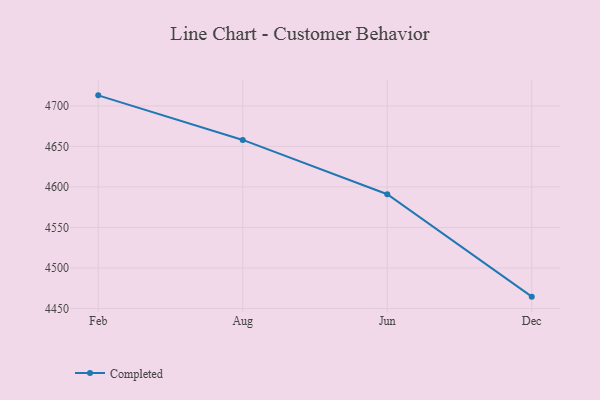
{"axis": {"x": "Month", "y": "Churn Rate (%)"}, "legend": ["Completed"], "data": [{"x": "Feb", "y": 4713.0, "type": "Completed"}, {"x": "Aug", "y": 4658.0, "type": "Completed"}, {"x": "Jun", "y": 4591.0, "type": "Completed"}, {"x": "Dec", "y": 4464.6, "type": "Completed"}]}